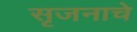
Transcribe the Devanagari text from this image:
सृजनाचे